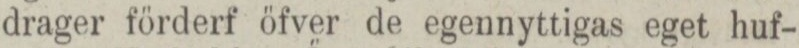
drager förderf öfver de egennyttigas eget huf-